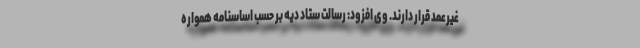
غیرعمد قرار دارند. وی افزود: رسالت‌ ستاد دیه بر حسب اساسنامه همواره